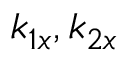
k _ { 1 x } , k _ { 2 x }